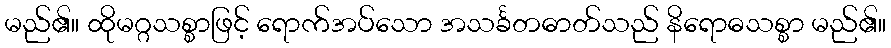
မည်၏။ ထိုမဂ္ဂသစ္စာဖြင့် ရောက်အပ်သော အသင်္ခတဓာတ်သည် နိရောဓသစ္စာ မည်၏။